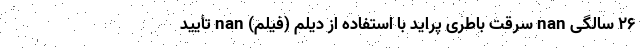
۲۶ سالگی nan سرقت باطری پراید با استفاده از دیلم (فیلم) nan تأیید